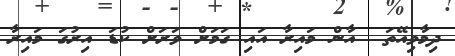
ދިމާވިއޭތަ  އާން މައިރާ އައި ގަމަށް ވަރަށް ކުޑަ އިރުގަ މައިރާ